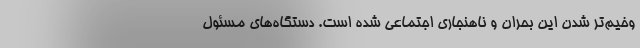
وخیم‌تر شدن این بحران و ناهنجاری اجتماعی شده است. دستگاه‌های مسئول